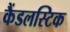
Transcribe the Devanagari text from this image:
कैंडलस्टिक